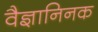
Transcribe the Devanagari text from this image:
वैज्ञानिनक